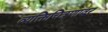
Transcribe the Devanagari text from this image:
व्यक्तिचित्रणावर